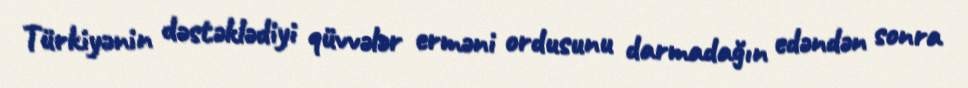
Türkiyənin dəstəklədiyi qüvvələr erməni ordusunu darmadağın edəndən sonra